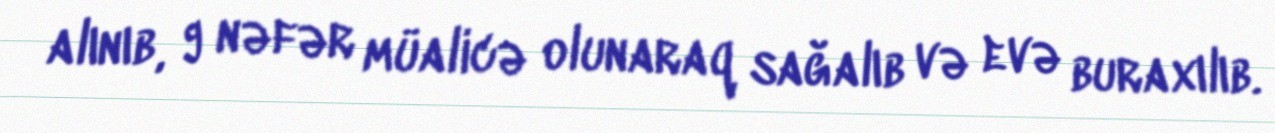
alınıb, 9 nəfər müalicə olunaraq sağalıb və evə buraxılıb.